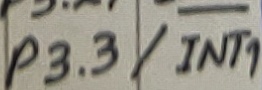
Text: P3.3/INT1